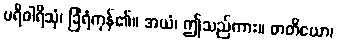
ပရိဝါရိသုံ၊ ခြံရံကုန်၏။ အယံ၊ ဤသည်ကား။ တတိယော၊